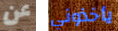
عن يأخذوني